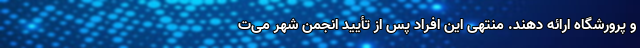
و پرورشگاه ارائه دهند. منتهی این افراد پس از تأیید انجمن شهر می‌ت